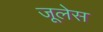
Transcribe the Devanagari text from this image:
जूलेस